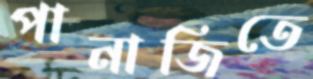
পানাজিতে